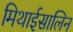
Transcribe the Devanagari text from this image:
मिथाईसालिन